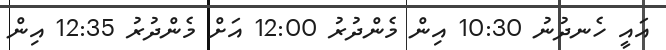
އައީ ހެނދުނު 10:30 އިން މެންދުރު 12:00 އަށް މެންދުރު 12:35 އިން